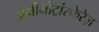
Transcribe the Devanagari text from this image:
अमीनोट्रांस्फेरेज़